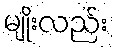
မျိုးလည်း